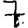
Digit: 7